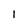
Character: 1